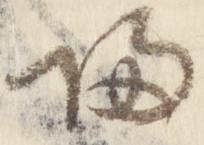
帰